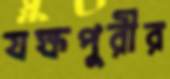
যক্ষপুরীর